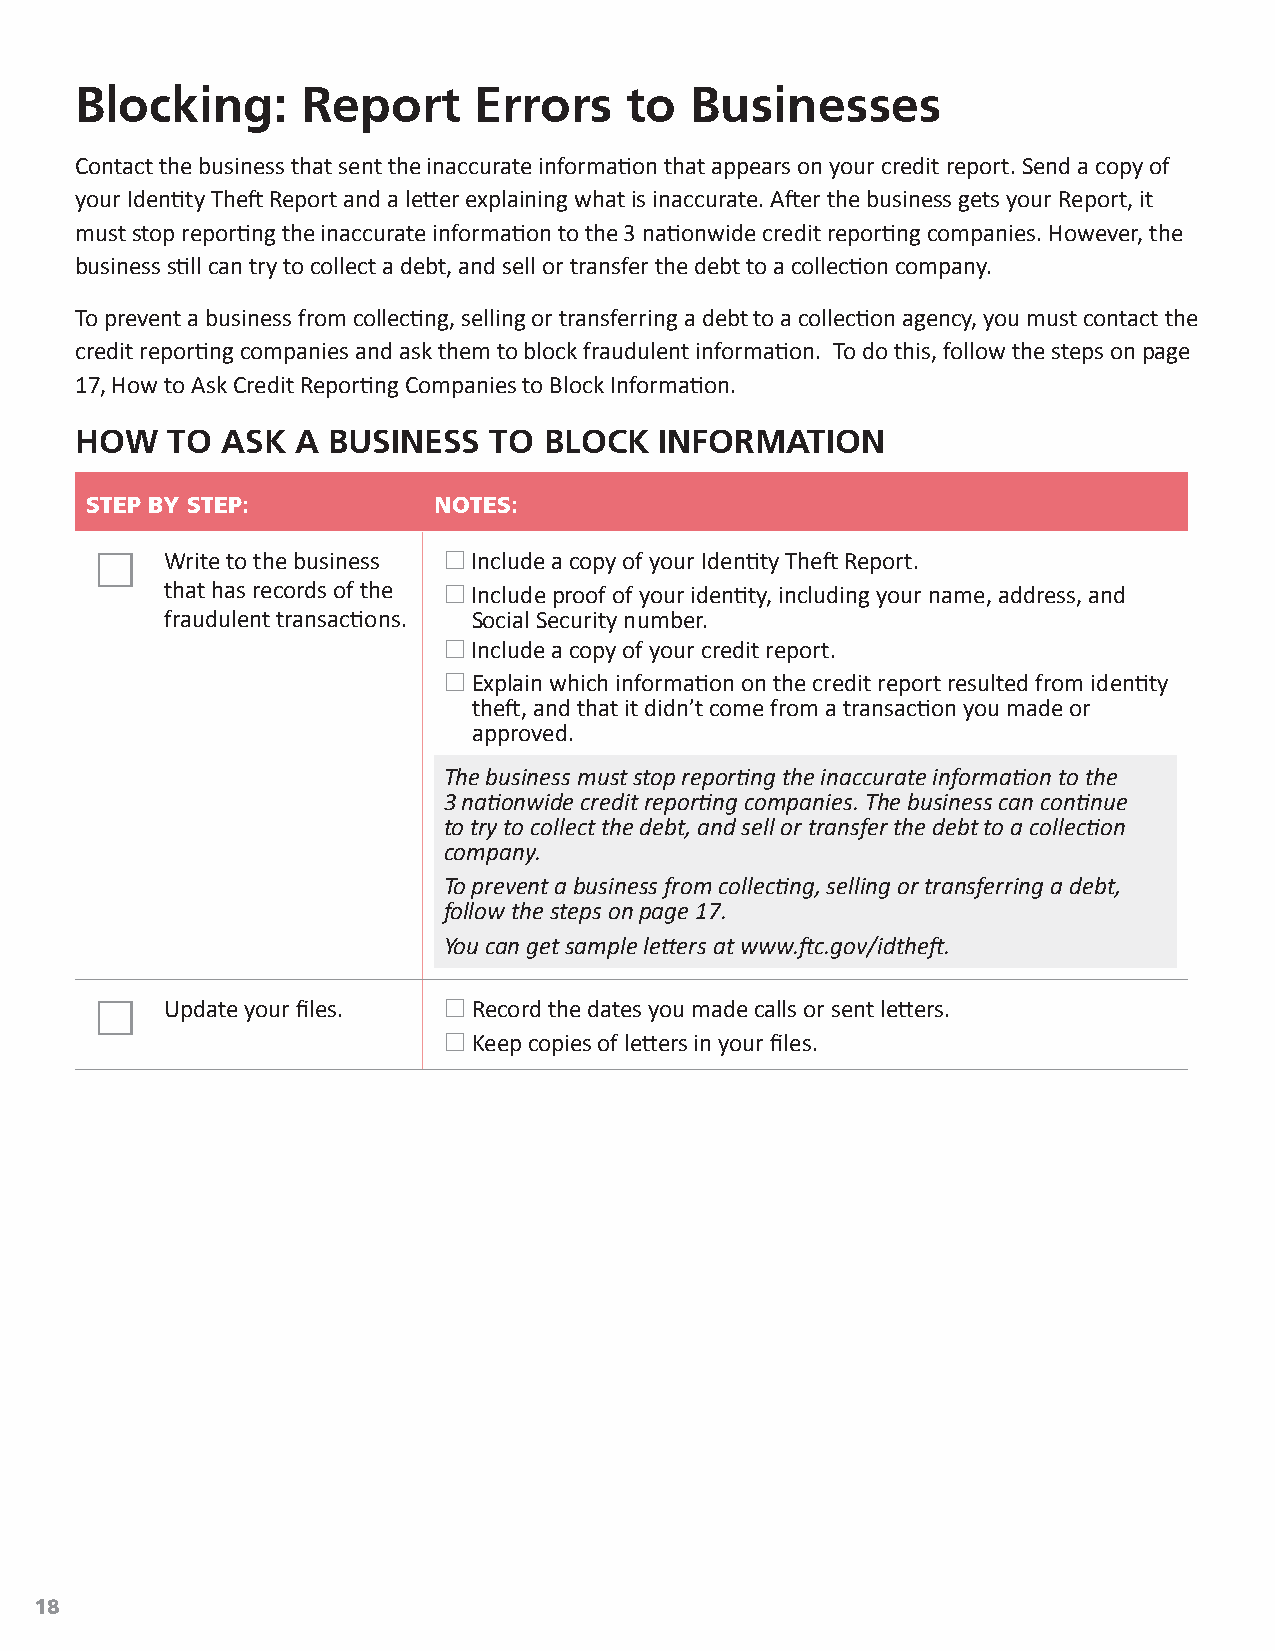
Blocking:      Report     Errors     to  Businesses
 Contact the business that sent the inaccurate information that appears on your credit report. Send a copy of
 your Identity Theft Report and a letter explaining what is inaccurate. After the business gets your Report, it
 must stop reporting the inaccurate information to the 3 nationwide credit reporting companies. However, the
 business still can try to collect a debt, and sell or transfer the debt to a collection company.
 To prevent a business from collecting, selling or transferring a debt to a collection agency, you must contact the
 credit reporting companies and ask them to block fraudulent information. To do this, follow the steps on page
 17, How to Ask Credit Reporting Companies to Block Information.
 HOW   TO  ASK  A BUSINESS  TO  BLOCK   INFORMATION
 STEP BY STEP:          NOTES:
     Write to the business  Include a copy of your Identity Theft Report.
 that has records of the  Include proof of your identity, including your name, address, and
 fraudulent transactions. Social Security number.
  Include a copy of your credit report.
  Explain which information on the credit report resulted from identity
 theft, and that it didn’t come from a transaction you made or
 approved.
 The business must stop reporting the inaccurate information to the
 3 nationwide credit reporting companies. The business can continue
 to try to collect the debt, and sell or transfer the debt to a collection
 company.
 To prevent a business from collecting, selling or transferring a debt,
 follow the steps on page 17.
 You can get sample letters at www.ftc.gov/idtheft.
     Update your files.  Record the dates you made calls or sent letters.
  Keep copies of letters in your files.
 18